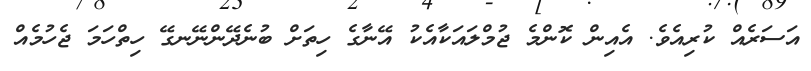
އަސަރެއް ކުރިއެވެ. އެއިން ކޮންމެ ޖުމްލައަކާއެކު އޭނާގެ ހިތަށް ބުނެދޭންނޭނގޭ ހިތްހަމަ ޖެހުމެއް